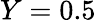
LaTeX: Y=0.5